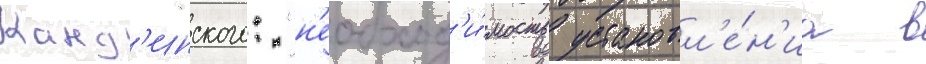
Канд'инского: "н'еобход'и́мость установл'е́н'иа в